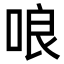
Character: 哴